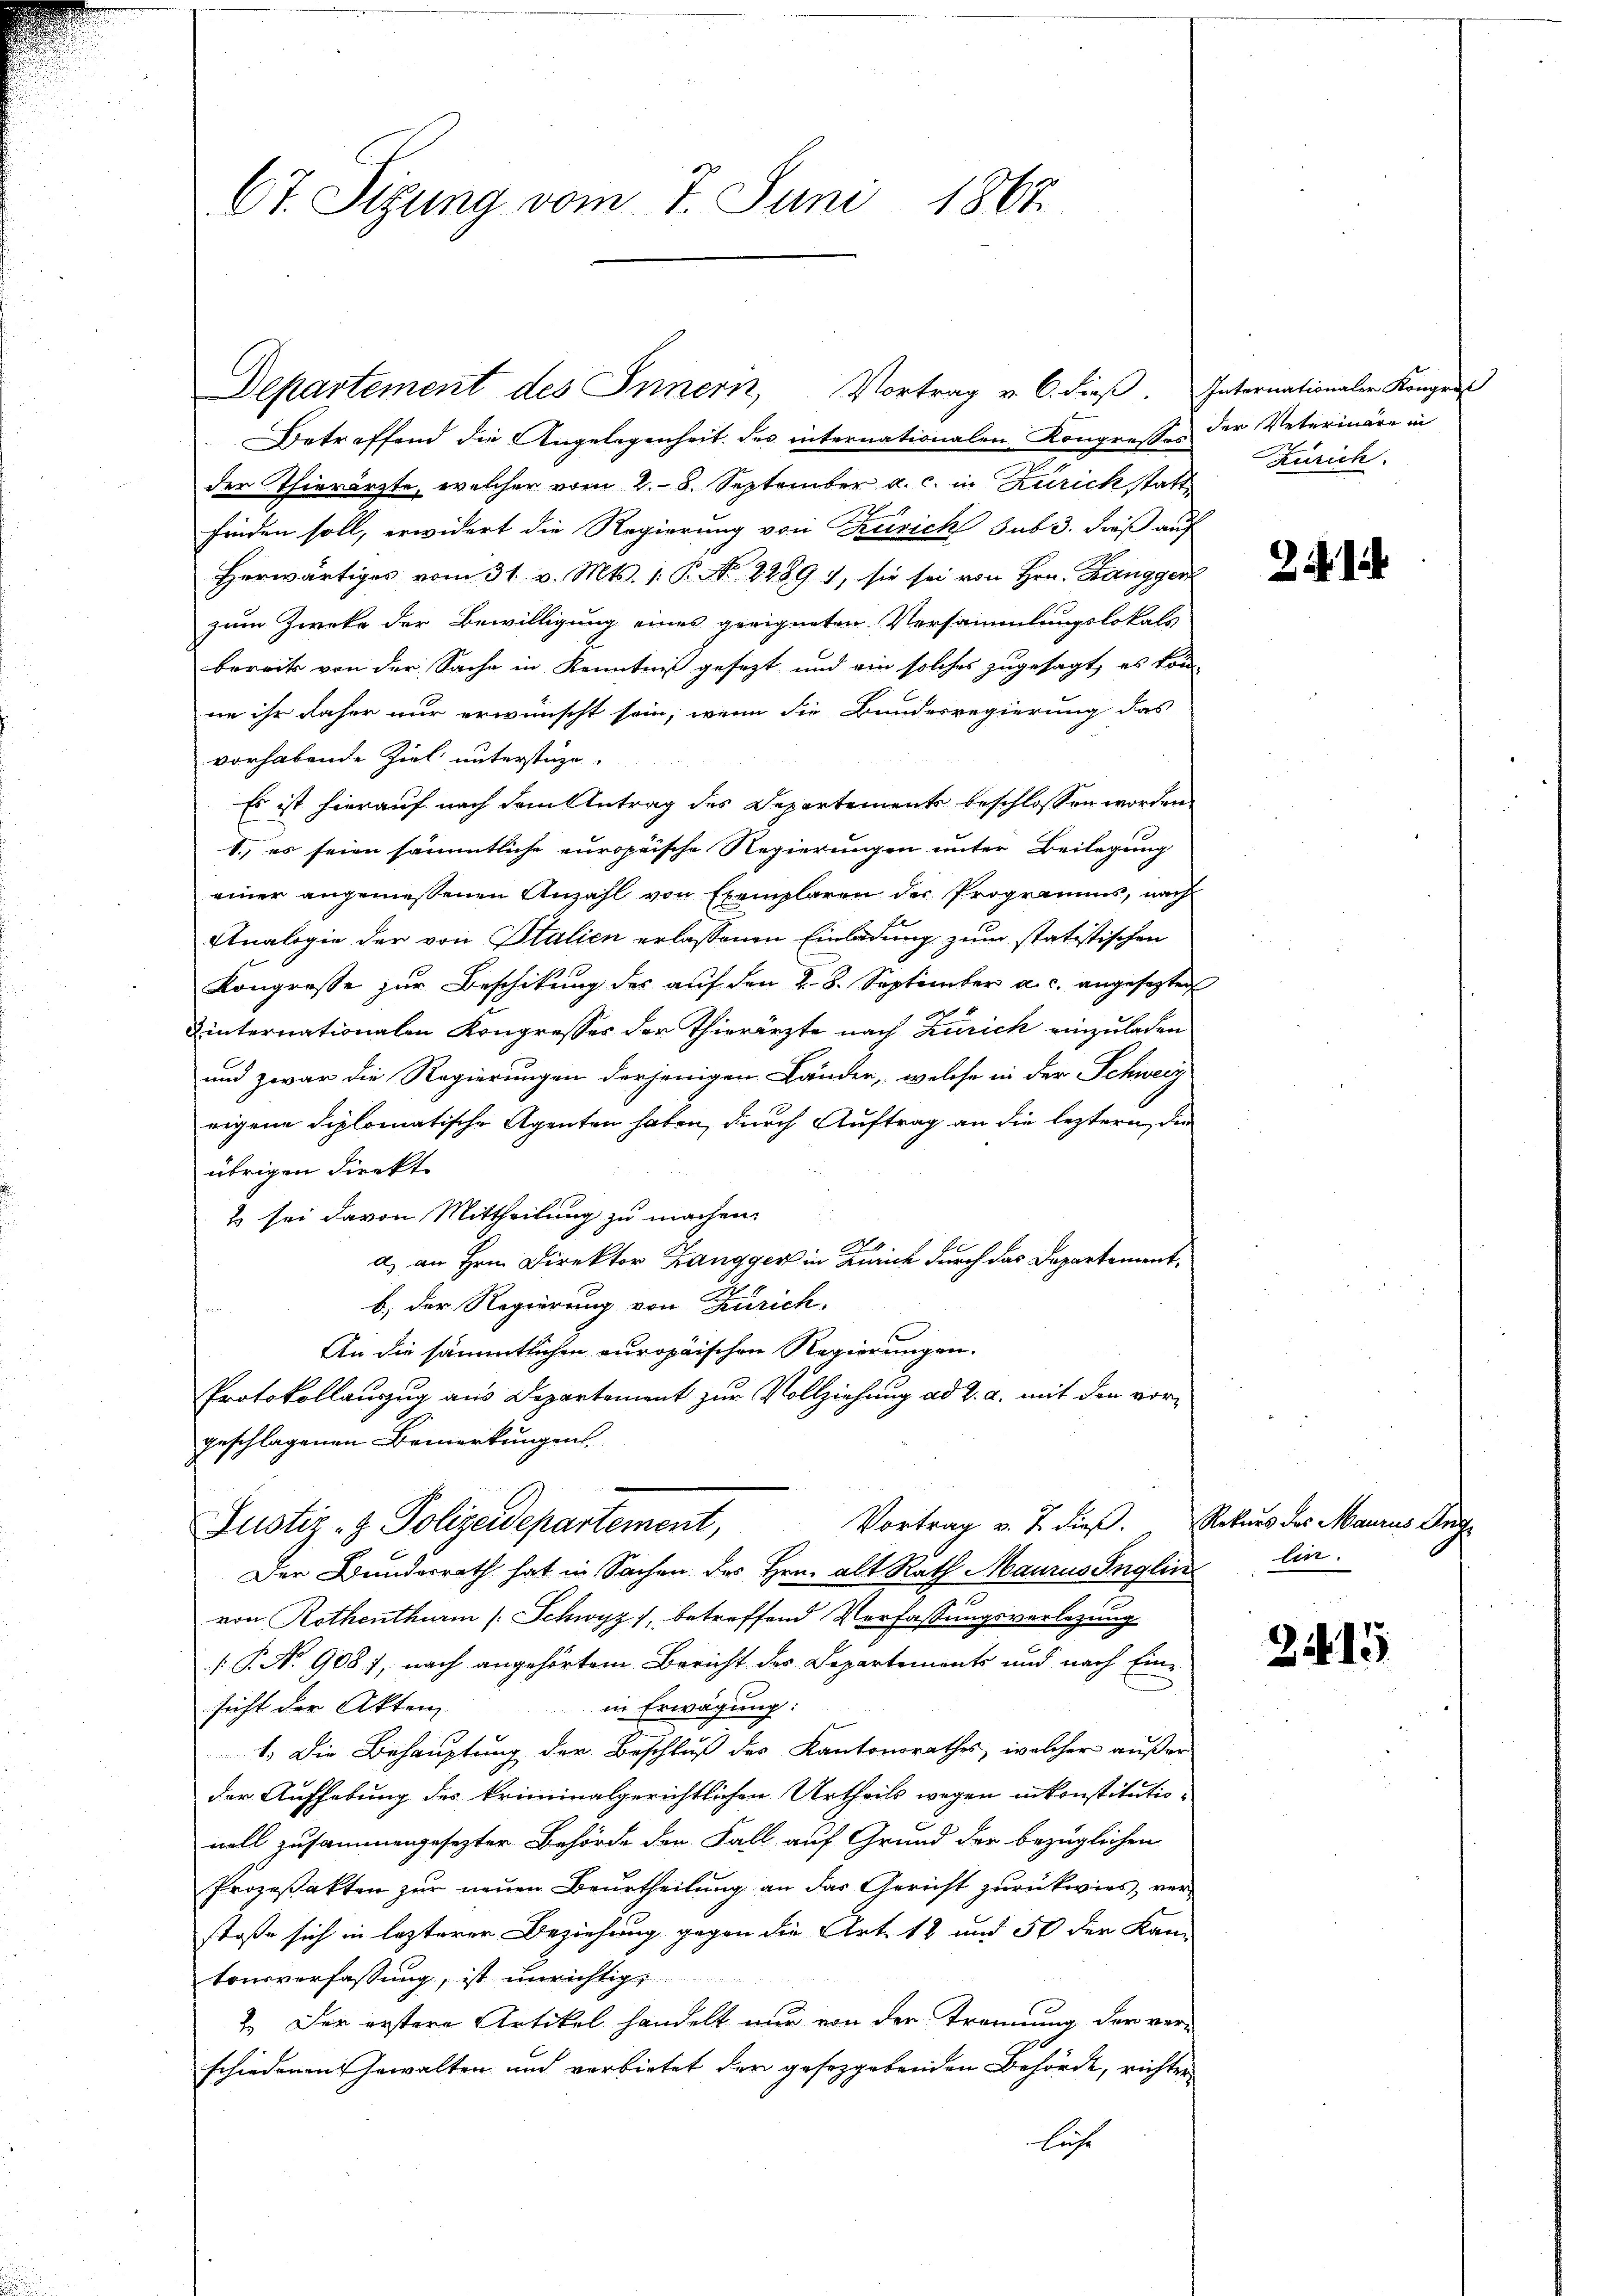
Ct. Sigung vom 7. Juni 1867.

Betreffend die Angelegenheit des internationalen Kongrossen der Veterinäre in
der Thierärzte, welcher vom 28. September a. c. in Zürich statt
finden soll, erwidert die Regierung von Zürich sub 3. dieß auf
Herwärtiges vom 31. v. Mts. 1. P. No 2289. 1, sie sei von Hrn. Zangger
zum Zweke der Bewilligung eines geeigneten Versammlungslokals
bereits von der Sache in Kenntniß gesezt und ein solches zugesagt, es kön-
ne ihr daher nur erwünscht sein, wenn die Bundesregierung das
vorhabende Ziel unterstüze.
Es ist hierauf nach dem Antrag des Departements beschlossen worden
1., es seien sämmtliche europaische Regierungen unter Beilegung
einer angemessenen Anzahl von Exemplaren der Programms, nach
Analogie der von Italien erlassenen Einladung zum statistischen
Kongresse zur Beschikung des auf den 28. September a. c. angesezten
Dinternationalen Kongresses der Thierärzte nach Zürich einzuladen
und zwar die Regierungen derjenigen Länder, welche in der Schweiz
eigene diplomatische Agenten haben, durch Auftrag an die leztern, die
übrigen dieckt
Es sei davon Mittheilung zu machen.
.
a) an Hrn Direktor Zangger in Zürich durch das Departementb) der Regierung von Zürich.
An die sämmtlichen europäischen Regierungen.
Protokollauszug aus Departement zur Vollziehung ad 2. a. mit den vorgeschlagenen Bemerkungen
Vortrag v. 2. dieß. Rekurs des Maurus Ang
Justiz- & Polizeidepartement,
Der Bunderrath hat in Sachen des Hrn. alt Rath Maurus Inglin
von Rothenthurm [Schwyz, betreffend Verfassungsverlegung
[.P. N. 9087, nach angehörtem Bericht der Departements und nach Einin Erwägung:
sicht der Akten
1. Die Behauptung der Beschluß des Kantonsrathes, welcher außer
der Aufhebung des kriminalgerichtlichen Urtheils wegen in konstitutionell zusammengesezter Behörde den Fall auf Grund der bezüglichen
Prozeßakten zur neuen Beurtheilung an das Gericht zurückwies, ver-
stoße sich in lezterer Beziehung gegen die Art. 12 und 50 der Kam
tonsverfassung, ist unrichtig
2. Der erstere Artikel handelt nur von der Trennung der ver¬
20
schiedenen Gewalten und verbietet der gesetzgebenden Behörde, richten
liehe

Departement des Innern, Vortrag v. 6. dieß. Internationaler Kongres

Zürich.

lin.

24. 15.